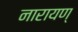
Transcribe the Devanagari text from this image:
नारायण्